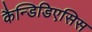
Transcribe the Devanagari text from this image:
कैन्डिडिएसिस